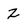
Character: z